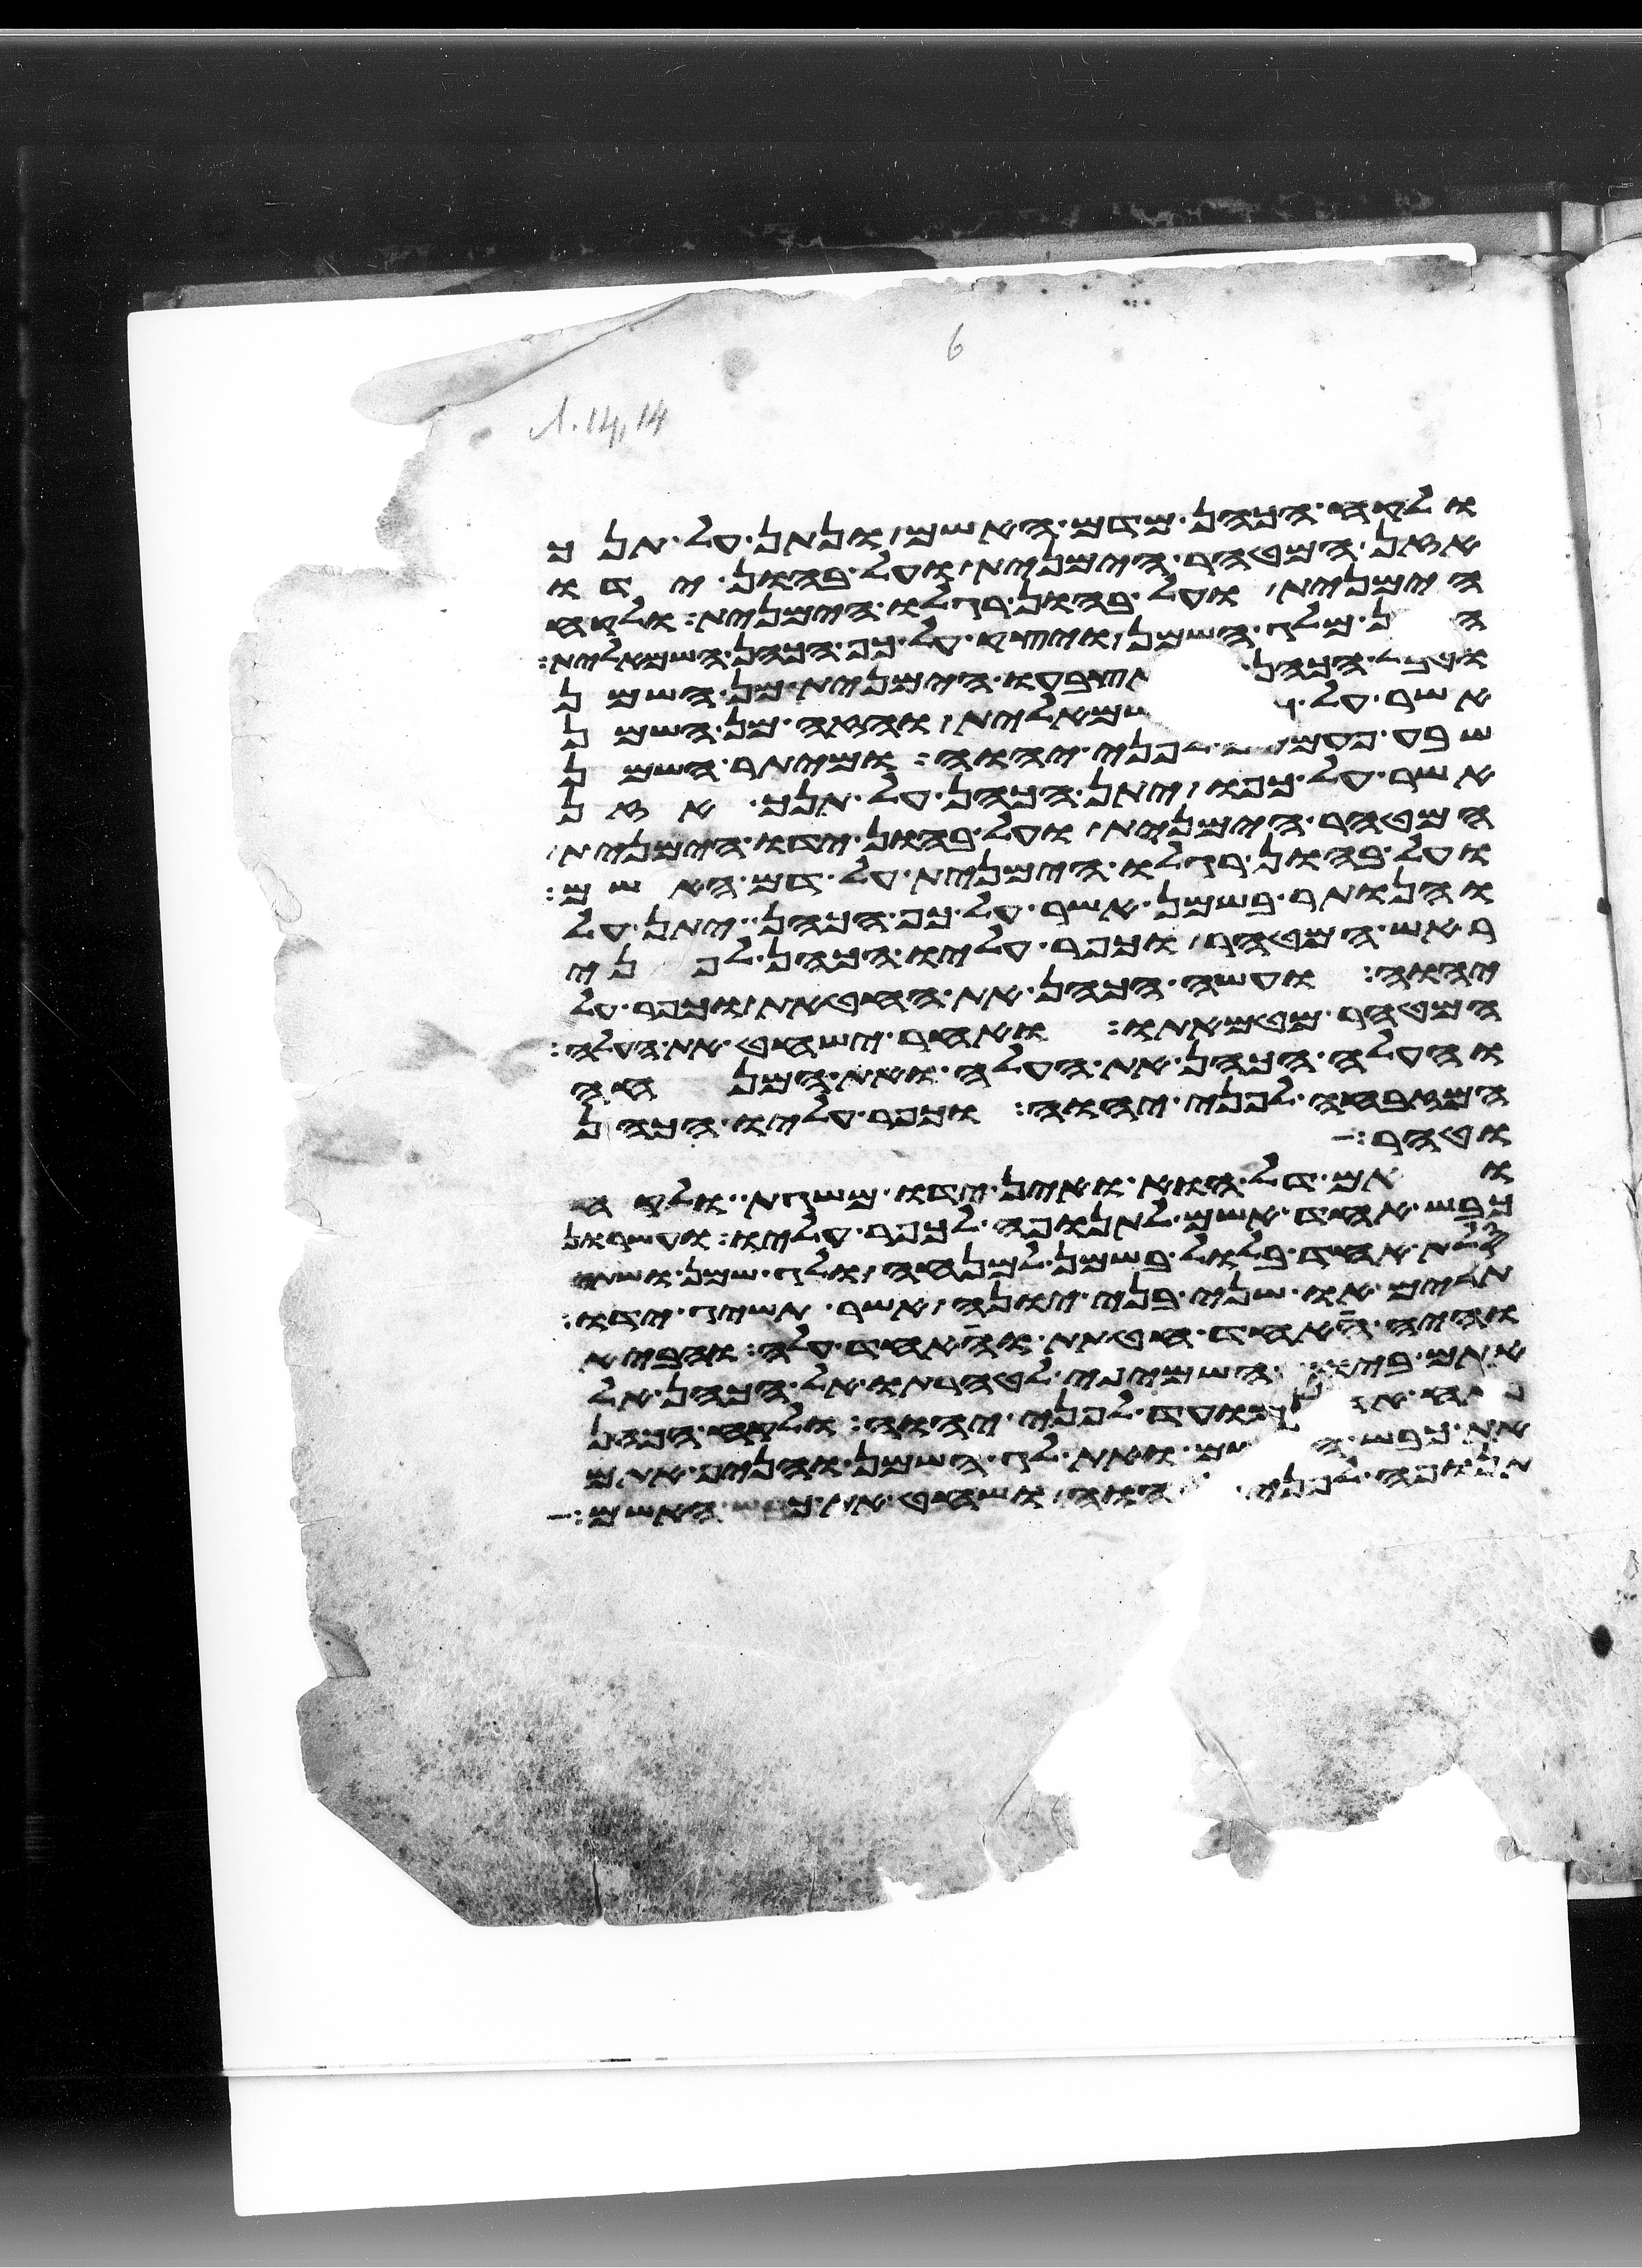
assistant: ולקח הכהן מדם האשם ונתן על תנך
אזן המטהר הימנית ועל בהון ידו
הימנית ועל בהון רגלו הימנית ולקח
הכהן מלג השמן ויצק על כף הכהן השמאלית
וטבל הכהן את אצבעו הימנית מן השמן
אשר על כפו השמאלית והזה מן השמן
שבע פעמים לפני יהוה ומיתר השמן
אשר על כפו יתן הכהן על תנך אזן
המטהר הימנית ועל בהון ידו הימנית
ועל בהון רגלו הימנית על דם האשם
והנותר בשמן אשר על כף הכהן יתן על
ראש המטהר וכפר עליו הכהן לפני
יהוה ועשה הכהן את החטאת וכפר על
המטהר מטמאתו ואחר ישחט את העלה
והעלה הכהן את העלה ואת המנחה
המזבחה לפני יהוה וכפר עליו הכהן
וטהר
ואם דל הוא ואין ידו משגת ולקח
כבש אחד אשם לתנופה לכפר עליו ועשרון
סלת אחד בלול בשמן למנחה ולג שמן ושתי
תרים או שני בני יונה אשר תשיג ידו
והיה אחד חטאת ואחד עלה והביא
אתם ביום השמיני לטהרתו אל הכהן אל
פתח אהל מועד לפני יהוה ולקח הכהן
את כבש האשם ואת לג השמן והניף אתם
תנופה לפני יהוה ושחט את כבש האשם